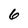
Character: 6